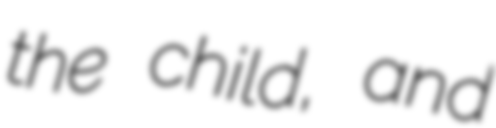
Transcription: the child, and